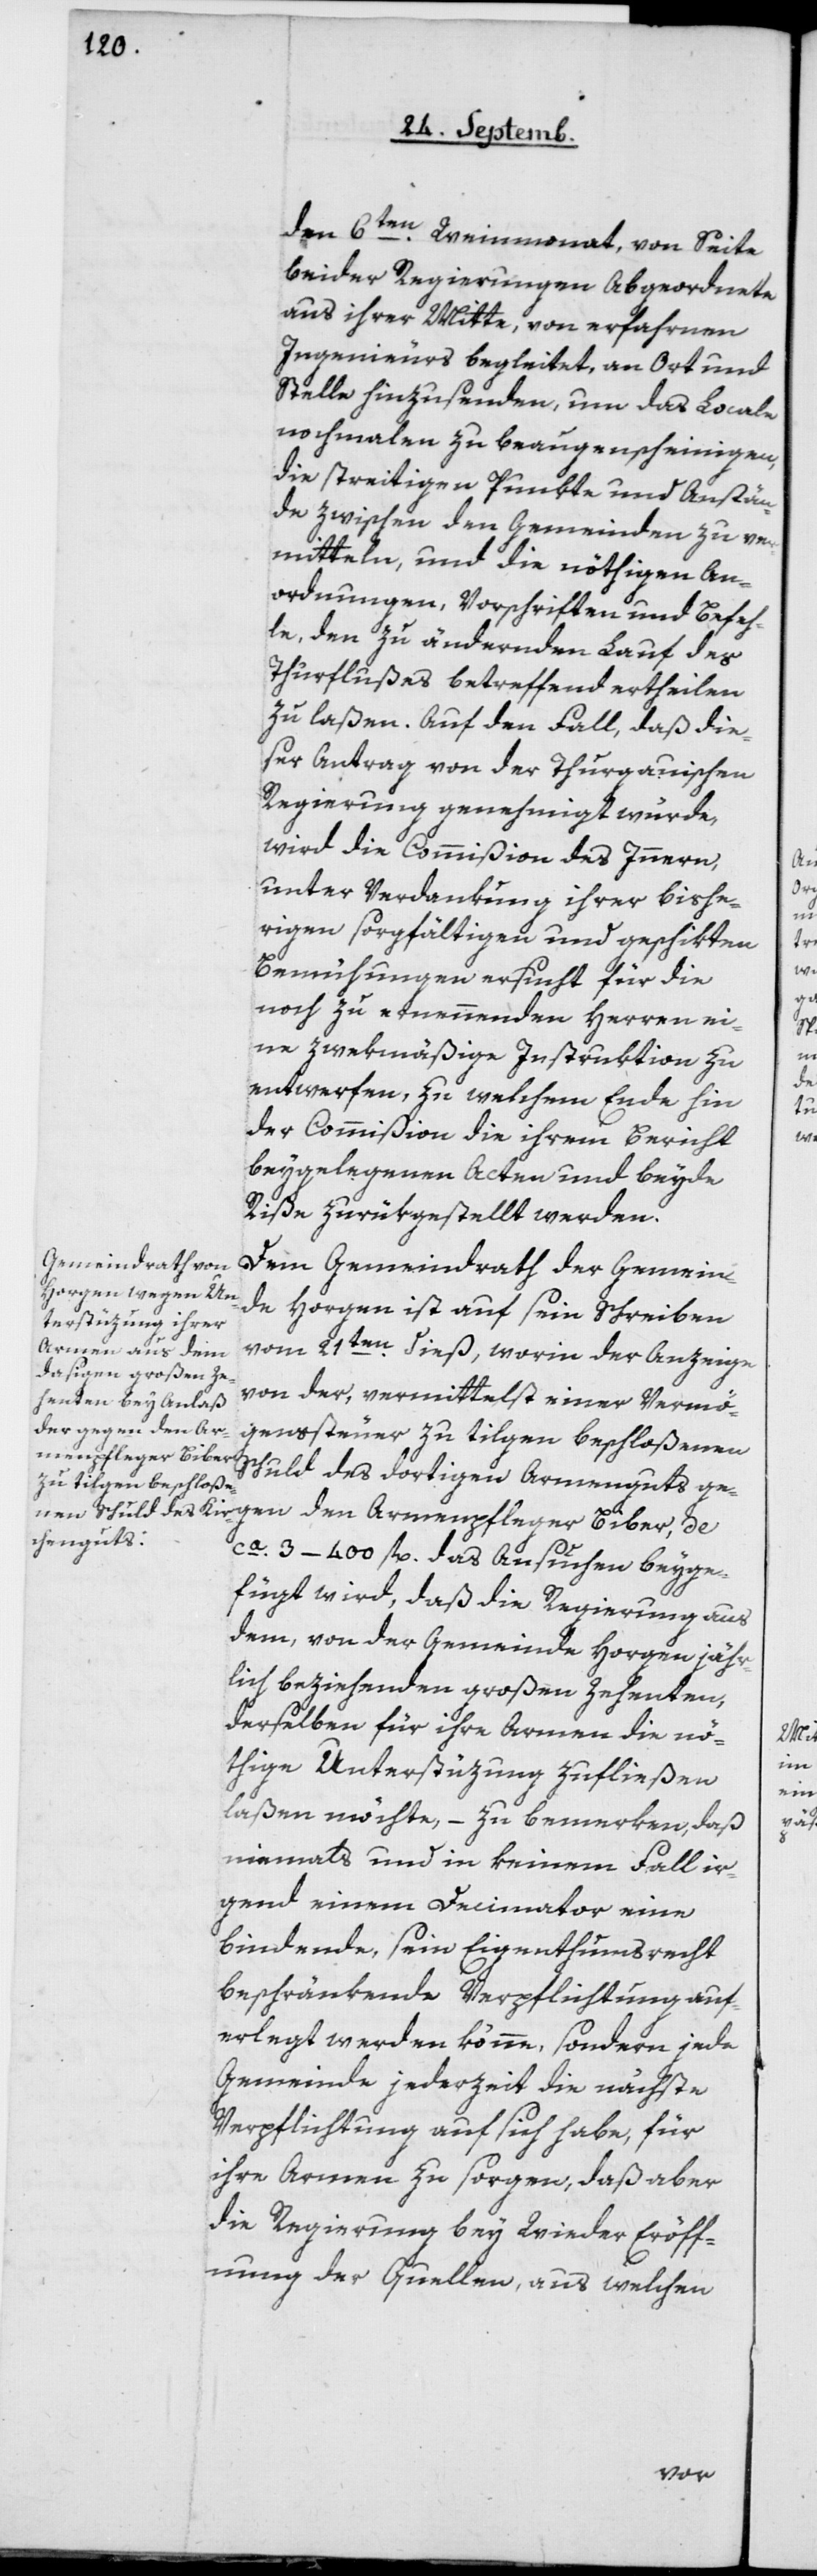
den 6ten Weinmonat, von Seite
beider Regierungen Abgeordnete
aus ihrer Mitte, von erfahrnen
Ingenieurs begleitet, an Ort und
Stelle hinzusenden, um das Locale
nochmalen zu beaugenscheinigen,
die streitigen Punkte und Anstän¬
de zwischen den Gemeinden zu ver¬
mitteln, und die nöthigen An¬
ordnungen, Vorschriften und Befeh¬
le, den zu ändernden Lauf des
Thurflußes betreffend ertheilen
zu laßen. Auf den Fall, daß die¬
ser Auftrag von der thugauischen
Regierung genehmiget würde,
wird die Commißion des Innern,
unter Verdankung ihrer bishe¬
rigen sorgfältigen und geschikten
Bemühungen ersucht für die
noch zu ernennenden Herren ei¬
ne zwekmäßige Instruktion zu
entwerfen, zu welchem Ende hin
der Commißion die ihrem Bericht
beigelegenen Acten und beyde
Riße zurükgestellt werden.
Dem Gemeindrath der Gemein¬
de Horgen ist auf sein Schreiben
vom 21ten dieß, worin der Anzeige
von der, vermittelst einer Vermö¬
genssteuer zu tilgen beschloßenen
Schuld des dortigen Armenguts ge¬
gen den Armenpfleger Biber, de
ca. 3–400 fl. das Ansuchen beyge¬
fügt wird, daß die Regierung aus
dem, von der Gemeinde Horgen jähr¬
lich beziehenden großen Zehenten,
derselben für ihre Armen die nö¬
thige Unterstützung zufließen
laßen möchte, – zu bemerken, daß
niemals und in keinem Fall ir¬
gend einem Decimator eine
bindende, sein Eigenthumsrecht
beschränkende Verpflichtung auf¬
erlegt werden könne, sondern jede
Gemeinde jederzeit die nächste
Verpflichtung auf sich habe, für
ihre Armen zu sorgen, daß aber
die Regierung bey Wiedereröff¬
nung der Quellen, aus welchen